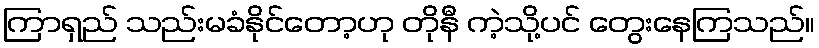
ကြာရှည် သည်းမခံနိုင်တော့ဟု တိုနီ ကဲ့သို့ပင် တွေးနေကြသည်။